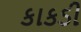
કાકડી